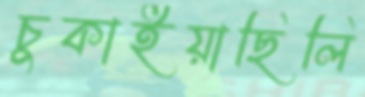
চুকাইয়াছিলি